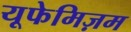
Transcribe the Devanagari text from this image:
यूफेमिज़म